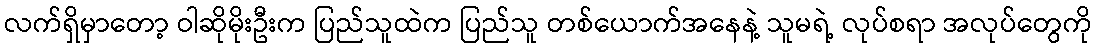
လက်ရှိမှာတော့ ဝါဆိုမိုးဦးက ပြည်သူထဲက ပြည်သူ တစ်ယောက်အနေနဲ့ သူမရဲ့ လုပ်စရာ အလုပ်တွေကို